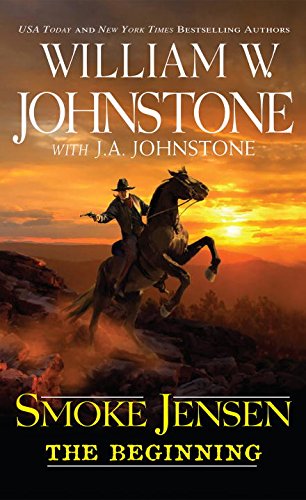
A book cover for Smoke Jensen, The Beginning; William W. Johnstone; Literature & Fiction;